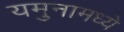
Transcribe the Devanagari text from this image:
यमुनामध्ये